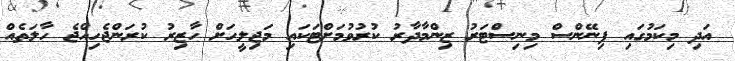
އަދި މިކަމުގައި ފިނޭންސް މިނިސްޓަރު ޒިންމާދާރު ކުރުވުމަށްޓަކައި މަޖިލީހަށް ހާޒިރު ކުރަންޖެހިއްޖެ ހާލަތެއް